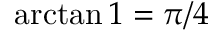
\arctan 1 = \pi / 4